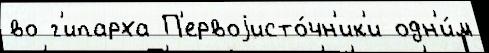
во г'ипарха П'ервоjисто́чн'ик'и одн'и́м